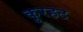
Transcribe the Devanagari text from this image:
कुरहट